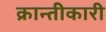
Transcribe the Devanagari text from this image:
क्रान्तीकारी